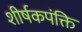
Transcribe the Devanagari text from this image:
शीर्षकपंक्ति